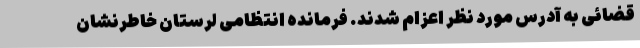
قضائی به آدرس مورد نظر اعزام شدند. فرمانده انتظامی لرستان خاطرنشان